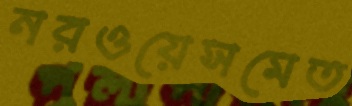
নরওয়েসমেত